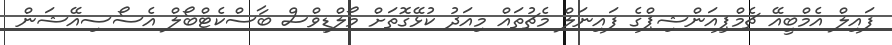
ފައިލް އެމްބީއޭ ޗެމްޕިއަންޝިޕްގެ ފައިނަލް މެޗުތައް މިއަދު ކުޅޭގޮތަށް މޯލްޑިވްސް ބާސްކެޓްބޯލް އެސޯސިއޭޝަން